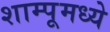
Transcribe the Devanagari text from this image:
शाम्पूमध्ये